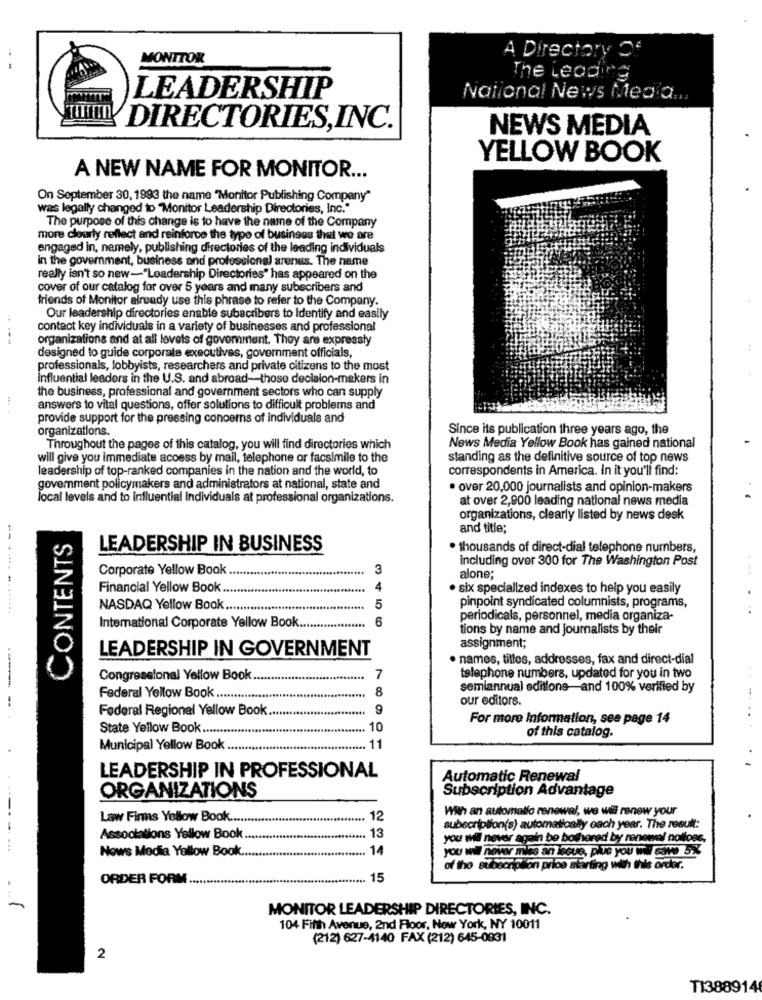
A Directory Of
MONITOR
The Leading
LEADERSHIP
National News Mea a.
DIRECTORIES,INC.
NEWS MEDIA
YELLOW BOOK
A NEW NAME FOR MONITOR ...
On September 30, 1993 the name "Monitor Publishing Company"
was legally changed to "Monitor Leadership Directories, Inc."
The purpose of this change is to have the name of the Company
more clourly reflect and reinforce the type of business that we are
engaged in, namely, publishing directories of the leading individuals
in the government, business and professional arenas. The name
really isn't so new-"Leadership Directories" has appeared on the
cover of our catalog for over 5 years and many subscribers and
friends of Monitor already use this phrase to refer to the Company.
Our leadership directories enable subscribers to identify and easily
contact key individuals in a variety of businesses and professional
organizations and at all levels of govomment. They are expressly
designed to guide corporate executives, government officials,
professionals, lobbyists, researchers and private citizens to the most
Influential leaders in the U.S. and abroad-those decision-makers in
the business, professional and government sectors who can supply
answers to vital questions, offer solutions to difficult problems and
provide support for the pressing concerns of individuals and
organizations.
Since its publication three years ago, the
Throughout the pages of this catalog, you will find directories which
News Media Yellow Book has gained national
will give you immediate access by mail, telephone or facsimile to the
standing as the definitive source of top news
leadership of top-ranked companies in the nation and the world, to
correspondents in America. In it you'll find:
govemment policymakers and administrators at national, state and
· over 20,000 journalists and opinion-makers
local levels and to influential Individuals at professional organizations.
at over 2,900 leading national news media
organizations, clearly listed by news desk
CONTENTS
and title;
LEADERSHIP IN BUSINESS
. thousands of direct-dial telephone numbers,
including over 300 for The Washington Post
Corporate Yellow Book
.....
3
.....
alone;
Financial Yellow Book
4
· six specialized indexes to help you easily
NASDAQ Yellow Book.
5
pinpoint syndicated columnists, programs,
International Corporate Yellow Book.
6
periodicals, personnel, media organiza-
tions by name and journalists by their
LEADERSHIP IN GOVERNMENT
assignment;
· names, titles, addresses, fax and direct-dial
Congressional Yellow Book.
7
telephone numbers, updated for you in two
8
semiannual editione-and 100% verified by
Federal Yellow Book ......
our editors.
Federal Regional Yellow Book
9
For more Information, see page 14
State Yellow Book .......
10
of this catalog.
Municipal Yellow Book
11
LEADERSHIP IN PROFESSIONAL
Automatic Renewal
Subscription Advantage
ORGANIZATIONS
--
With an automatic renewal, we will renew your
Law Finns Yellow Book ...
12
13
subscription(s) automatically each year. The result:
Associations Yellow Book
you wil never again be bothered by renewal polloes,
-....
Nows Media Yallow Book ....
14
you will never miss an lesue, pie you wi save 5%
of the subscription price starting with this order.
ORDER FORM
15
-
MONITOR LEADERSHIP DIRECTORIES, INC.
104 Fifth Avenue, 2nd Floor, New York, NY 10011
(212) 627-4140 FAX (212) 645-0831
2
TI388914